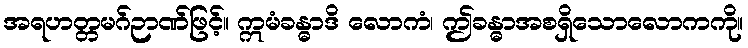
အရဟတ္တမဂ်ဉာဏ်ဖြင့်။ ဣမံခန္ဓာဒိ လောကံ၊ ဤခန္ဓာအစရှိသောလောကကို။